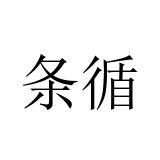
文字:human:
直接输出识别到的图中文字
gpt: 条循